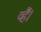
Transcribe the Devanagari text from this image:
व्हैं।